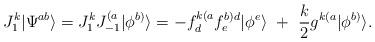
LaTeX: \begin{align*}J^k_1|\Psi^{ab}\rangle=J^k_1J^{(a}_{-1}|\phi^{b)}\rangle=-f^{k(a}_df^{b)d}_e|\phi^e\rangle~+~{k\over2}g^{k(a}|\phi^{b)}\rangle.\end{align*}